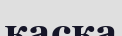
каска